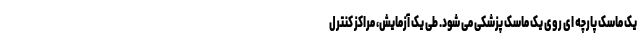
یک ماسک پارچه ای روی یک ماسک پزشکی می شود. طی یک آزمایش، مراکز کنترل